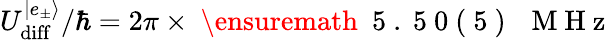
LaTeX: U_{\mathrm{{diff}}}^{|e_{\pm}\rangle}/\hbar=2\pi\times\mathrm{~\ensuremath~{~5~.~5~0~(~5~)~}~\, ~M~H~z~}